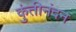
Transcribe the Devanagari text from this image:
कुंतीनंदन